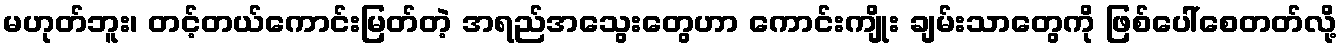
မဟုတ်ဘူး၊ တင့်တယ်ကောင်းမြတ်တဲ့ အရည်အသွေးတွေဟာ ကောင်းကျိုး ချမ်းသာတွေကို ဖြစ်ပေါ်စေတတ်လို့